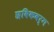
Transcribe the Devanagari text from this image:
छविकवर्ग